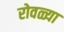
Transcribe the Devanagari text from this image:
रोवळ्या